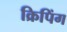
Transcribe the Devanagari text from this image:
क्रिपिंग